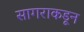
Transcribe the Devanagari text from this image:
सागराकडून